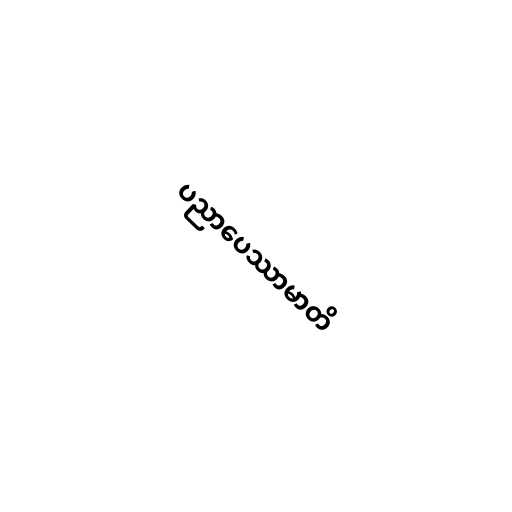
ပညာပေဿာမာတိ